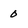
Character: 0